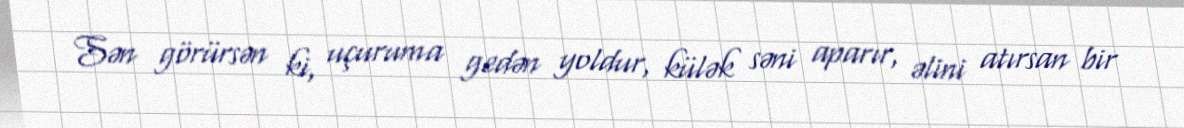
Sən görürsən ki, uçuruma gedən yoldur, külək səni aparır, əlini atırsan bir